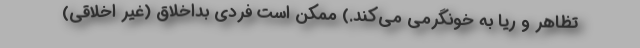
تظاهر و ریا به خونگرمی می‌کند.) ممکن است فردی بداخلاق (غیرِ اخلاقی)